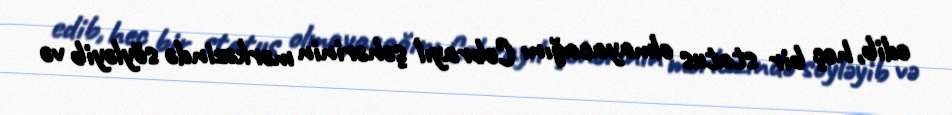
edib, heç bir status olmayacağını Cəbrayıl şəhərinin mərkəzində söyləyib və